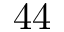
4 4